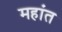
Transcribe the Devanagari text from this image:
महांत